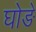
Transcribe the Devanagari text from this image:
घोङे